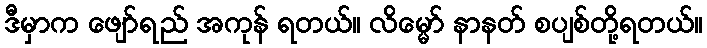
ဒီမှာက ဖျော်ရည် အကုန် ရတယ်။ လိမ္မော် နာနတ် စပျစ်တို့ရတယ်။